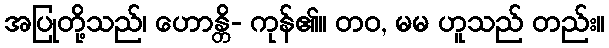
အပြုတို့သည်၊ ဟောန္တိ- ကုန်၏။ တဝ, မမ ဟူသည် တည်း။